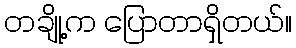
တချို့က ပြောတာရှိတယ်။